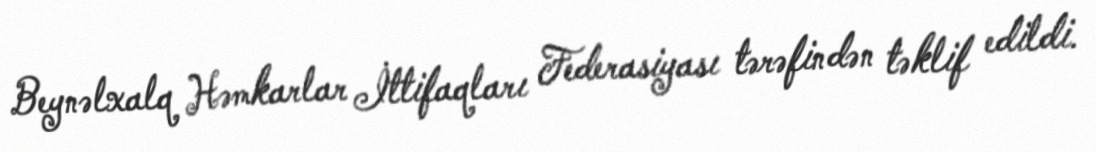
Beynəlxalq Həmkarlar İttifaqları Federasiyası tərəfindən təklif edildi.